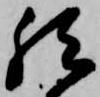
然